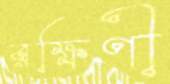
রক্ষিণী